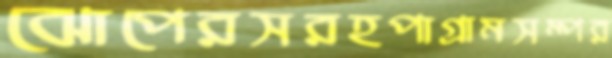
ঝোপেরসরহপাগ্রামসম্পর